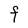
Character: F